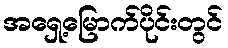
အရှေ့မြောက်ပိုင်းတွင်